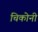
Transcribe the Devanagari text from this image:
चिकोनी